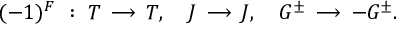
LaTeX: ( - 1 ) ^ { F } ~ : ~ T \, \longrightarrow \, T , ~ ~ ~ J \, \longrightarrow \, J , ~ ~ ~ G ^ { \pm } \, \longrightarrow \, - G ^ { \pm } .